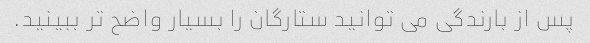
پس از بارندگی می توانید ستارگان را بسیار واضح تر ببینید.